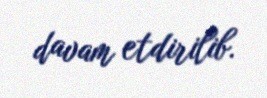
davam etdirilib.